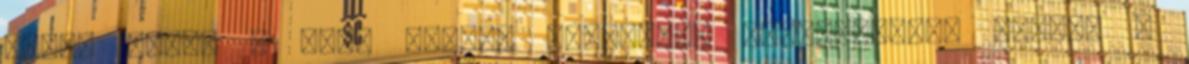
munka során a stop motion technikát alkalmazták, aminek a